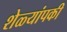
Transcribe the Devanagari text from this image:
शेळ्यांपकी